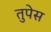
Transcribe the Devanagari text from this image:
तुपेस